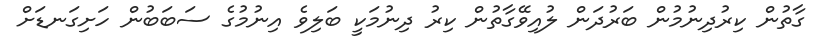
ގާތުން ކިރުދިނުމުން ބަރުދަން ލުއިވޭގާތުން ކިރު ދިނުމަކީ ބަލިވެ އިނުމުގެ ސަބަބުން ހަށިގަނޑަށް